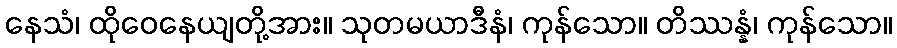
နေသံ၊ ထိုဝေနေယျတို့အား။ သုတမယာဒီနံ၊ ကုန်သော။ တိဿန္နံ၊ ကုန်သော။